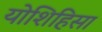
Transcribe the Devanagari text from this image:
योशिहिसा